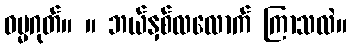
ဓမ္မဂုတ်။ ။ ဘယ်နှစ်လလောက် ကြာသလဲ။